Plague in India, 1896, 1897 - Volume 3
Year: 1896
Disease focus: Plague
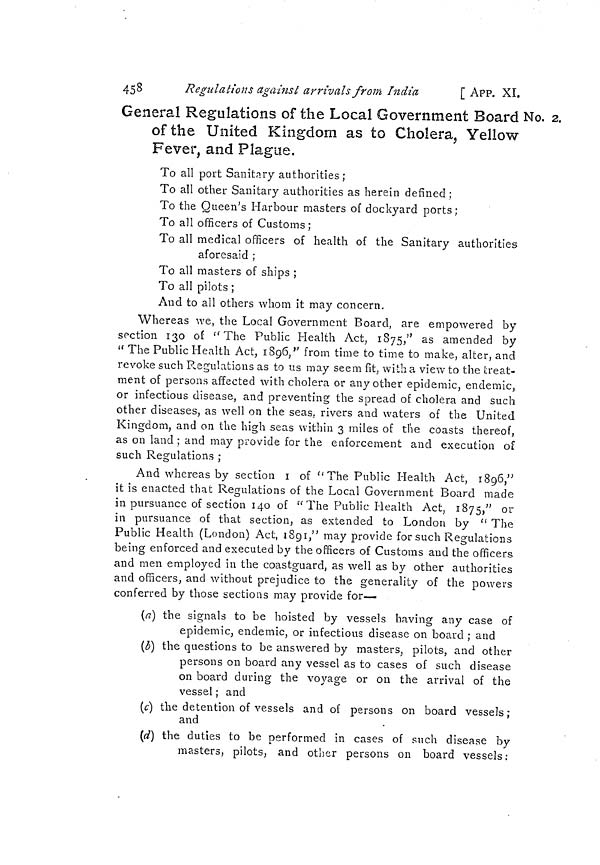
458
Regulations against arrivals from India
[ APP. XI.
General Regulations of the Local Government Board No.
of the United Kingdom as to Cholera, Yellow
Fever, and Plague.
To all port Sanitary authorities ;
To all other Sanitary authorities as herein defined ;
To the Queen's Harbour masters of dockyard ports ;
To all officers of Customs ;
To all medical officers of health of the Sanitary authorities
aforesaid ;
To all masters of ships ;
To all pilots ;
And to all others whom it may concern.
Whereas we, the Local Government Board, are empowered by
section 130 of "The Public Health Act, 1875," as amended by
" The Public Health Act, 1896, '' from time to time to make, alter, and
revoke such Regulations as to us may seem fit, with a view to the treat-
ment of persons affected with cholera or any other epidemic, endemic,
or infectious disease, and preventing the spread of cholera and such
other diseases, as well on the seas, rivers and waters of the United
Kingdom, and on the high seas within 3 miles of the coasts thereof,
as on land ; and may provide for the enforcement and execution of
such Regulations ;
And whereas by section 1 of "The Public Health Act, 1896,"
it is enacted that Regulations of the Local Government Board made
o
in pursuance of section 140 of " The Public Health Act, 1875," or
in pursuance of that section, as extended to London by " The
Public Health (London) Act, 1891," may provide for such Regulations
being enforced and executed by the officers of Customs and the officers
and men employed in the coastguard, as well as by other authorities
and officers, and without prejudice to the generality of the powers
conferred by those sections may provide for—
(a) the signals to be hoisted by vessels having any case of
epidemic, endemic, or infectious disease on board ; and
(b) the questions to be answered by masters, pilots, and other
persons on board any vessel as to cases of such disease
on board during the voyage or on the arrival of the
vessel ; and
(c) the detention of vessels and of persons on board vessels;
and
(d) the duties to be performed in cases of such disease by
masters, pilots, and other persons on board vessels: